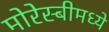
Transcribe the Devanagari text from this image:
मोरेस्बीमध्ये